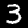
Digit: 3